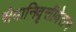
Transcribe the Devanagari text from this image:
सेवानिवृत्तीवेतन